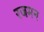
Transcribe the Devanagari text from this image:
रजमन